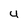
Character: U